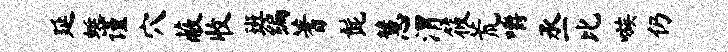
延蜓谨穴蔽收班编蓍髭慧渭筱荒嚼丞比嗾仍